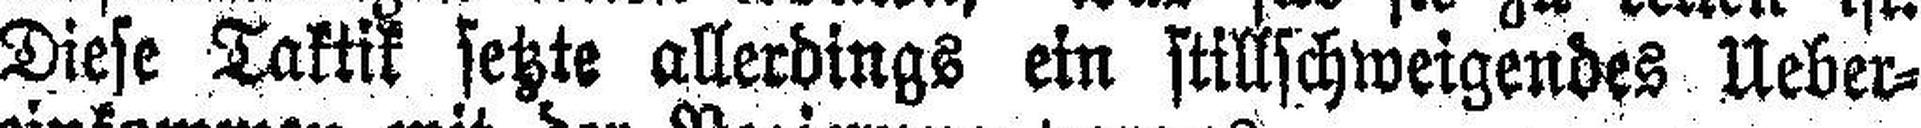
Diese Taktik setzte allerdings ein stillschweigendes Ueber¬